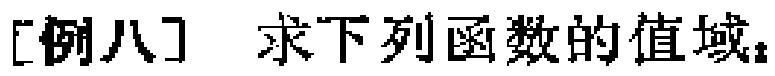
[例八] 求下列函数的值域：